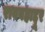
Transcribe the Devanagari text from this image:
रावबहाद्दूर